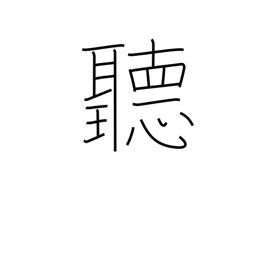
Meaning: careful enquiry